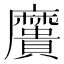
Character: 𪎯